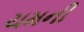
ચમની